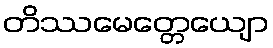
တိဿမေတ္တေယျော